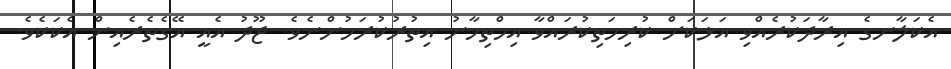
އެކަލާނގެ އިރާދަކުރެއްވި އަޅަކަށް ކުރިމަތިކުރައްވާ އިމްތިހާނު އިތުރުކުރަމުންނެވެ. ޖޫދު އެއީ އޭގެތެރެއިން އެކަކެވެ.